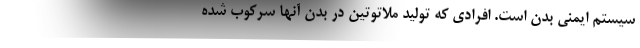
سیستم ایمنی بدن است. افرادی که تولید ملاتوتین در بدن آنها سرکوب شده